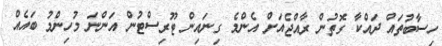
ހިސާބުތައް ދައްކާ ގޮތުން ރާއްޖެއަށް އެންމެ ގިނައިން ޓޫރިސްޓުން އަންނަ މުހިންމު ބައެއް